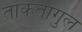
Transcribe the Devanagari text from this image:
तोकतोगुल